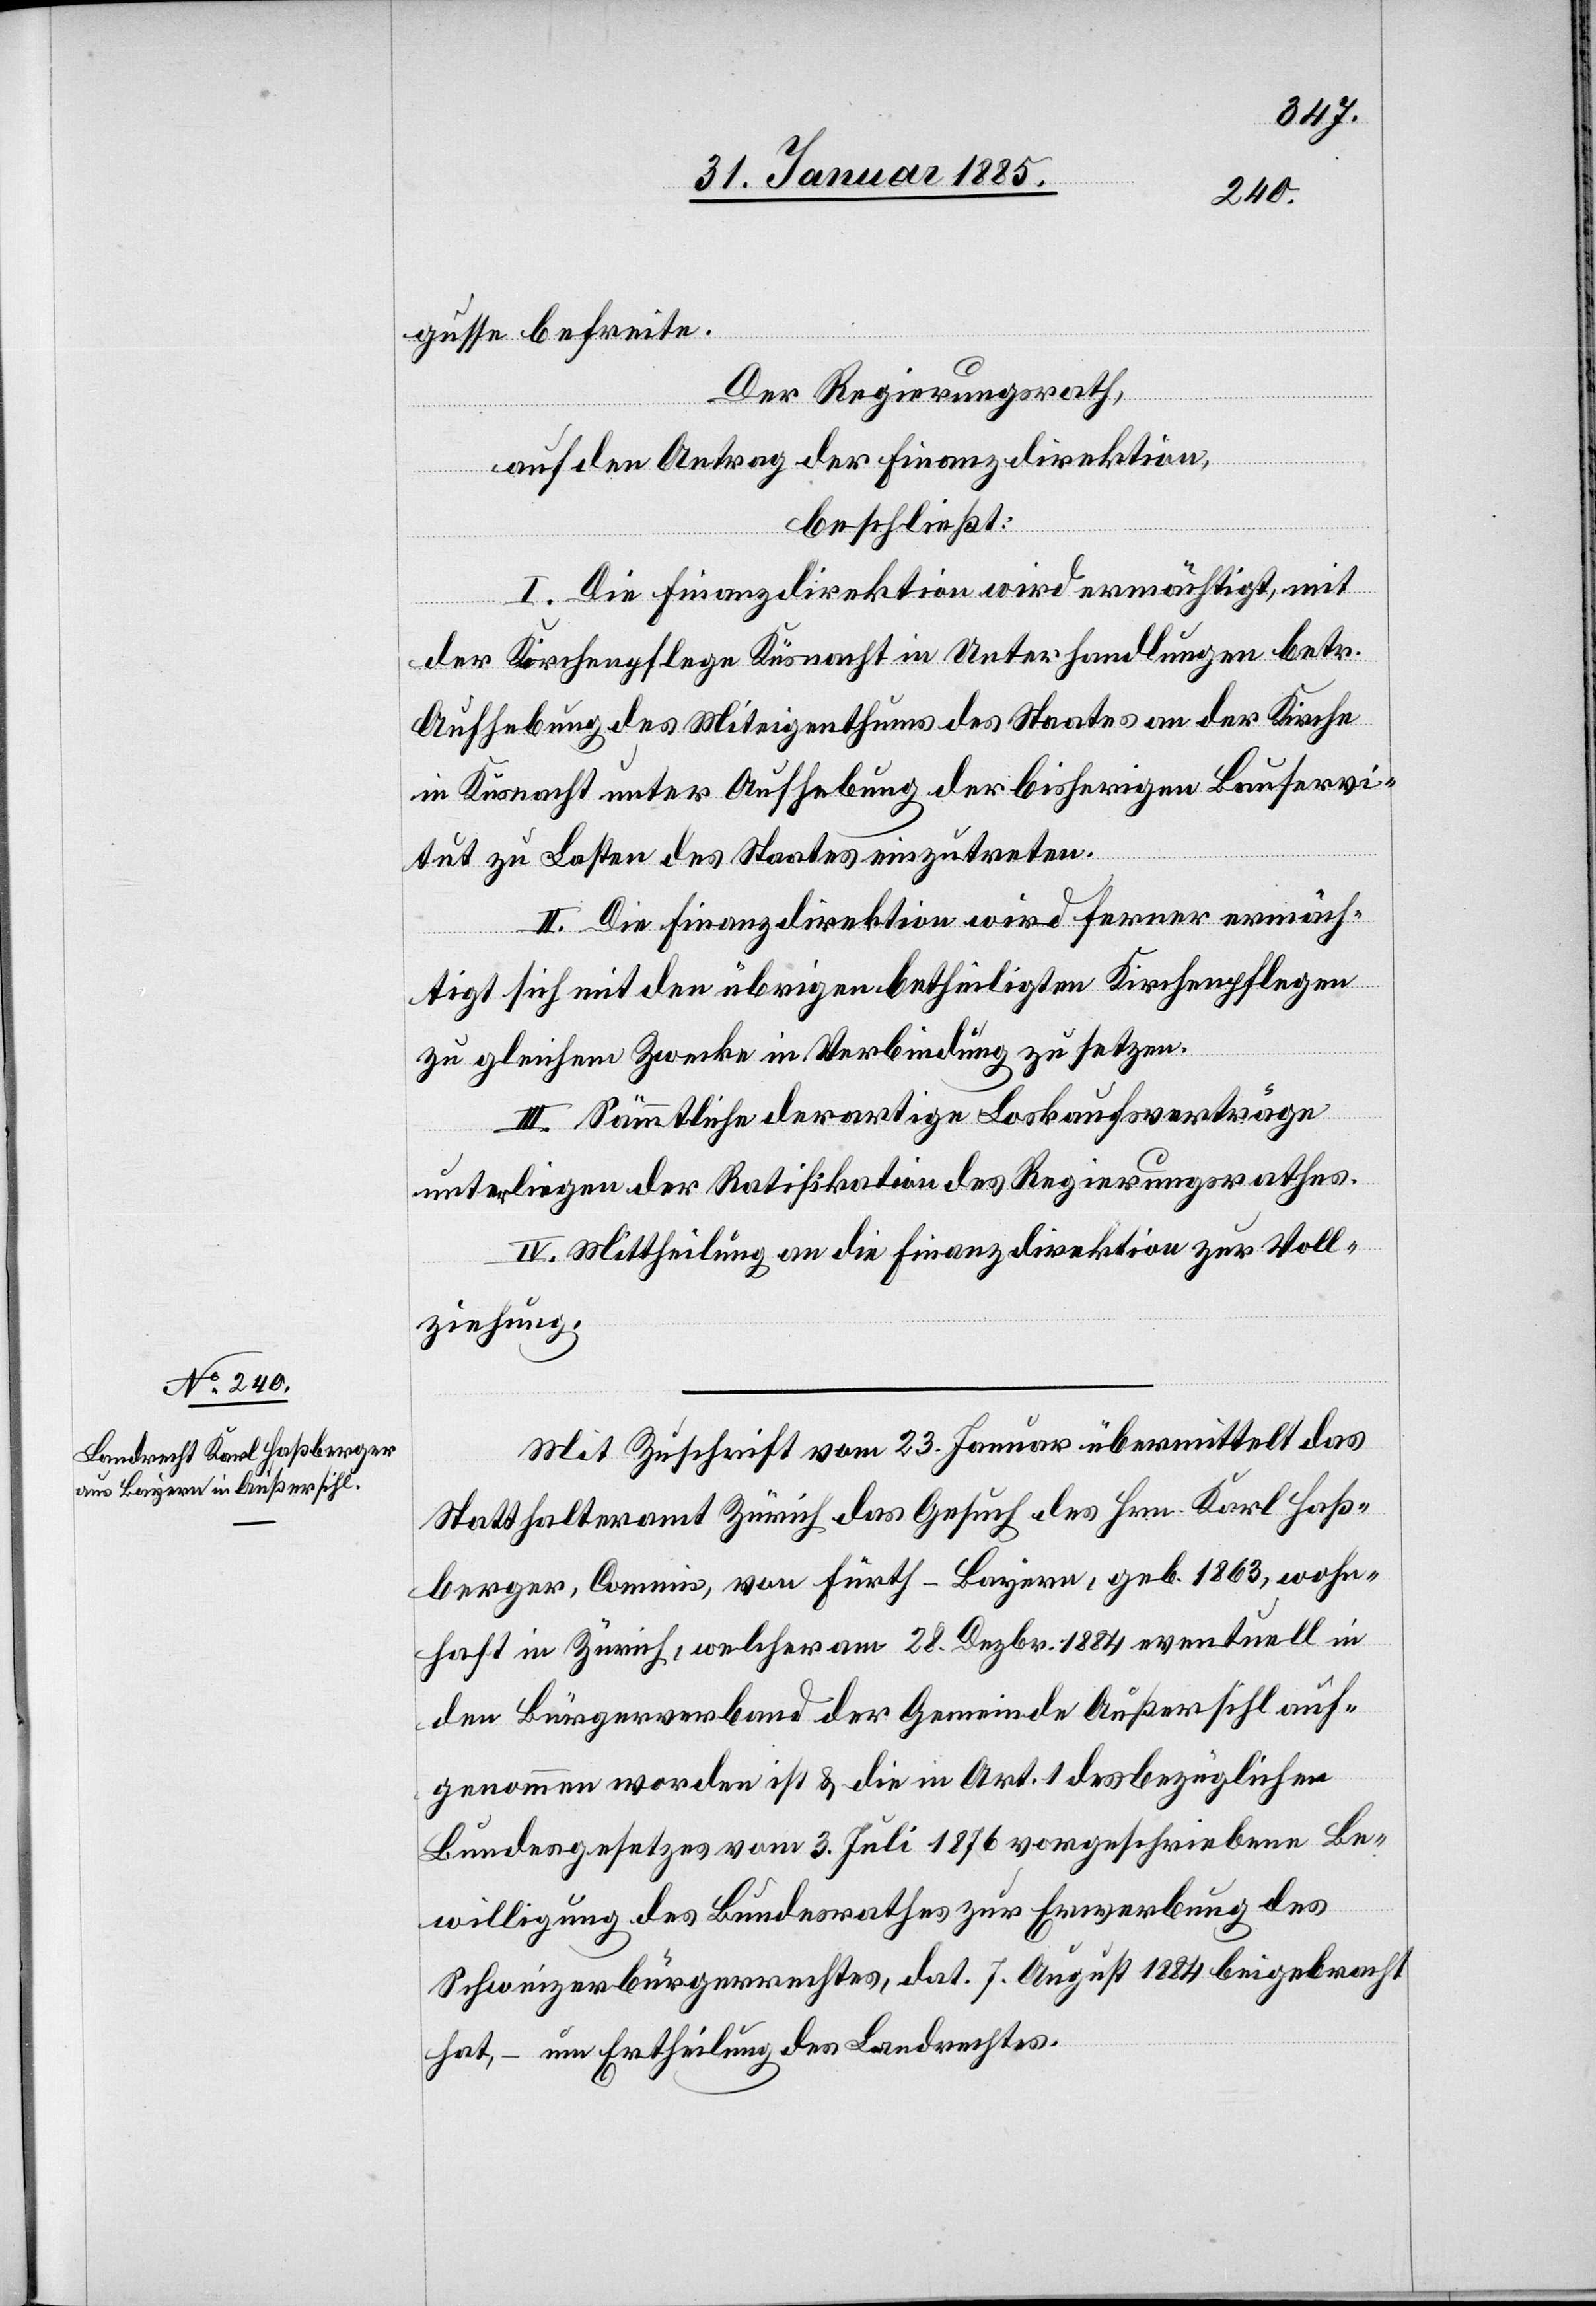
gusse befreite.
Der Regierungsrath,
auf Antrag der Finanzdirektion,
beschließt:
I. Die Finanzdirektion wird ermächtigt, mit
der Kirchenpflege Küsnacht in Unterhandlungen betr.
Aufhebung des Miteigenthums des Staates an der Kirche
in Küsnacht unter Aufhebung der bisherigen Bauservi¬
tut zu Lasten des Staates einzutreten.
II. Die Finanzdirektion wird ferner ermäch¬
tigt sich mit den übrigen betheiligten Kirchenpflegen
zu gleichem Zwecke in Verbindung zu setzen.
III. Sämmtliche derartige Loskaufsverträge
unterliegen der Ratifikation des Regierungsrathes.
IV. Mittheilung an die Finanzdirektion zur Voll¬
ziehung.
Mit Zuschrift vom 23. Januar übermittelt das
Statthalteramt Zürich das Gesuch des Hrn. Karl Faß¬
berger, Commis, von Fürth - Bayern, geb. 1863, wohn¬
haft in Zürich, welcher am 28. Dezbr. 1884 eventuell in
den Bürgerverband der Gemeinde Außersihl auf¬
genommen worden ist & die in Art. 1 des bezüglichen
Bundesgesetzes vom 3. Juli 1876 vorgeschriebene Be¬
willigung des Bundesrathes zur Erwerbung des
Schweizerbürgerrechtes, dat. 7. August 1884 beigebracht
hat, – um Ertheilung des Landrechtes.